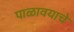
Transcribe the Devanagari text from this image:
पाळावयाचे